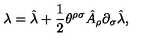
\lambda = \hat { \lambda } + \frac { 1 } { 2 } \theta ^ { \rho \sigma } \hat { A } _ { \rho } \partial _ { \sigma } \hat { \lambda } ,